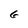
Character: 6